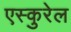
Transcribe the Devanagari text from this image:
एस्कुरेल